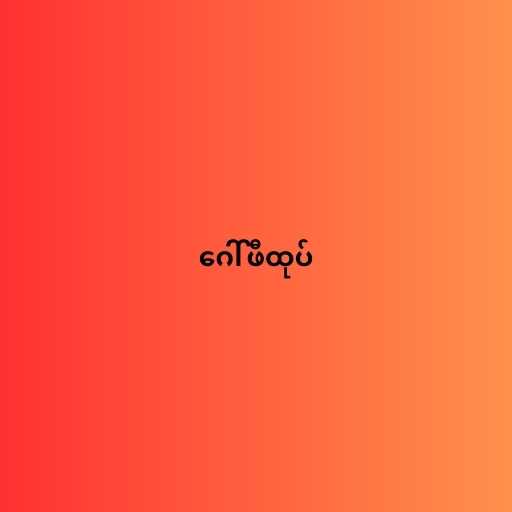
ဂေါ်ဖီထုပ်